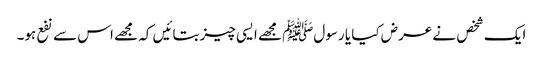
ایک شخص نے عرض کیا یا رسولﷺ مجھے ایسی چیز بتائیں کہ مجھے اس سے نفع ہو۔